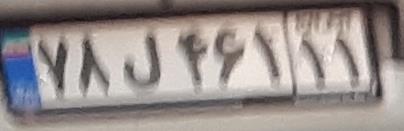
۷۸ل۴۶۱۱۱